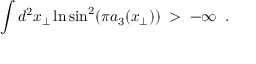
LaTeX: \int d ^ { 2 } x _ { \perp } \ln \sin ^ { 2 } ( \pi a _ { 3 } ( x _ { \perp } ) ) \; > \; - \infty \; \; .